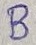
Text: B